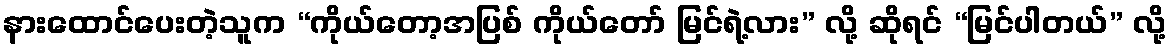
နားထောင်ပေးတဲ့သူက “ကိုယ်တော့အပြစ် ကိုယ်တော် မြင်ရဲ့လား” လို့ ဆိုရင် “မြင်ပါတယ်” လို့